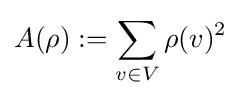
A(\rho ):=\sum _{v\in V}\rho (v)^{2}